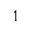
1